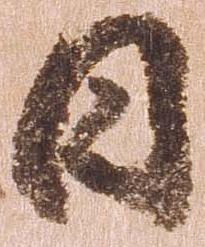
日